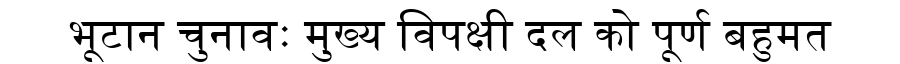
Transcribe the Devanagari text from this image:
भूटान चुनावः मुख्य विपक्षी दल को पूर्ण बहुमत